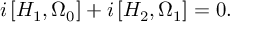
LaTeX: i \left[ H _ { 1 } , \Omega _ { 0 } \right] + i \left[ H _ { 2 } , \Omega _ { 1 } \right] = 0 .